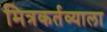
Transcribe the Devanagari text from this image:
मित्रकर्तव्याला